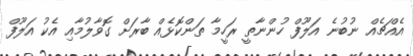
އެއްޗެއް ނުބުނެ އަލޫފް ހުންނާތީ ރަހީމާ ތަންކޮޅެއް ބާރަށް ގޮވާލުމާއި އެކު އަލޫފް